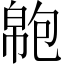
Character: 𢄝